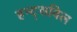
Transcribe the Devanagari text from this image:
हन्ट्सविल